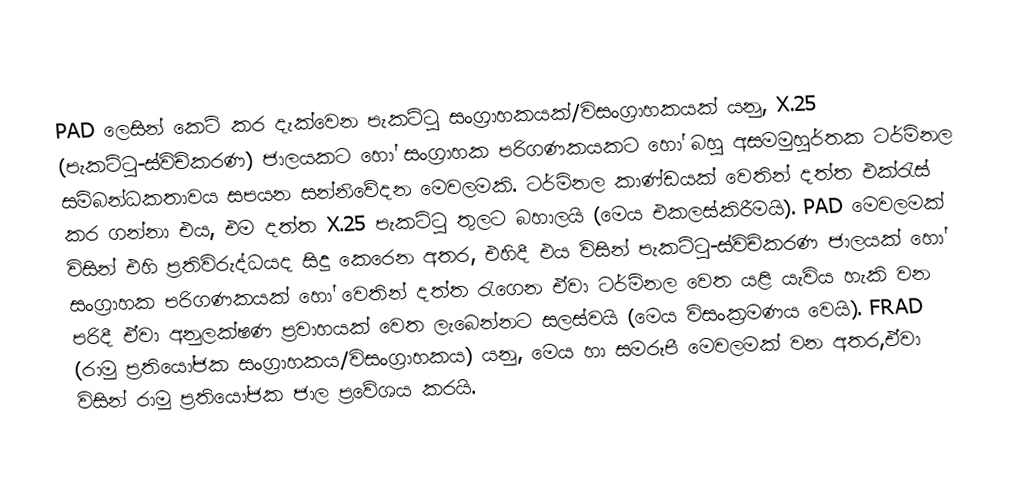
PAD ලෙසින් කෙටි කර දැක්වෙන   පැකට්ටු සංග්‍රාහකයක්/විසංග්‍රාහකයක් යනු, X.25 (පැකට්ටු-ස්විච්කරණ) ජාලයකට හෝ  සංග්‍රාහක පරිගණකයකට හෝ  බහු අසමමුහුර්තක ටර්මිනල සම්බන්ධකතාවය සපයන සන්නිවේදන මෙවලමකි. ටර්මිනල කාණ්ඩයක් වෙතින් දත්ත එක්රැස් කර ගන්නා එය, එම දත්ත X.25 පැකට්ටු තුලට බහාලයි (මෙය එකලස්කිරීමයි). PAD මෙවලමක් විසින් එහි ප්‍රතිවිරුද්ධයද සිදු කෙරෙන අතර, එහිදී එය විසින් පැකට්ටු-ස්විච්කරණ ජාලයක් හෝ සංග්‍රාහක පරිගණකයක් හෝ වෙතින් දත්ත රැගෙන ඒවා ටර්මිනල වෙත යළි යැවිය හැකි වන පරිදී ඒවා අනුලක්ෂණ ප්‍රවාහයක් වෙත ලැබෙන්නට සලස්වයි (මෙය විසංක්‍රමණය වෙයි). FRAD (රාමු ප්‍රතියෝජක සංග්‍රාහකය/විසංග්‍රාහකය) යනු, මෙය හා සමරූපී මෙවලමක් වන අතර,ඒවා විසින්  රාමු ප්‍රතියෝජක ජාල ප්‍රවේශය කරයි.